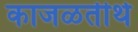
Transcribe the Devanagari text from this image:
काजळतीर्थ